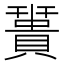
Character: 𧷩